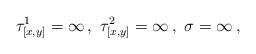
LaTeX: \begin{align*}\tau^1_{[x,y]} = \infty \,,\,\, \tau^2_{[x,y]} = \infty \,,\,\, \sigma = \infty \,,\end{align*}